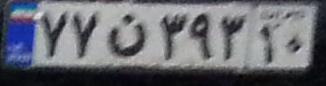
۷۷ن۳۹۳۱۰